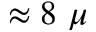
\approx 8 ~ \mu